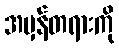
အမှန်တရားကို